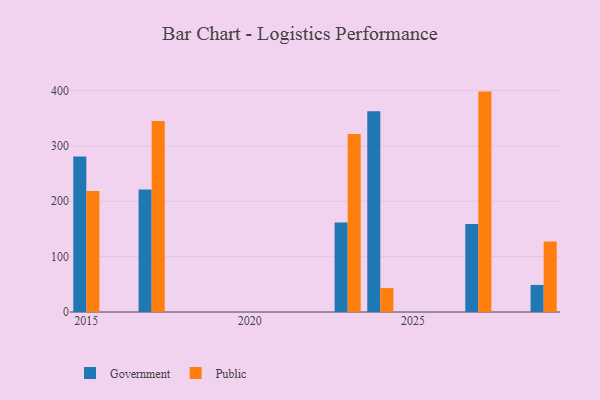
{"axis": {"x": "Year", "y": "Revenue (USD Million)"}, "legend": ["Government", "Public"], "data": [{"x": "2024", "y": 362.8, "type": "Government"}, {"x": "2024", "y": 43.2, "type": "Public"}, {"x": "2029", "y": 48.9, "type": "Government"}, {"x": "2029", "y": 127.3, "type": "Public"}, {"x": "2015", "y": 280.9, "type": "Government"}, {"x": "2015", "y": 218.4, "type": "Public"}, {"x": "2023", "y": 161.8, "type": "Government"}, {"x": "2023", "y": 321.3, "type": "Public"}, {"x": "2027", "y": 158.8, "type": "Government"}, {"x": "2027", "y": 398.1, "type": "Public"}, {"x": "2017", "y": 221.1, "type": "Government"}, {"x": "2017", "y": 345.1, "type": "Public"}]}